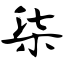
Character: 柒